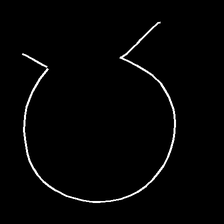
Glyph: weave